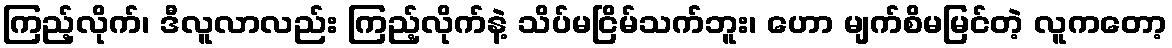
ကြည့်လိုက်၊ ဒီလူလာလည်း ကြည့်လိုက်နဲ့ သိပ်မငြိမ်သက်ဘူး၊ ဟော မျက်စိမမြင်တဲ့ လူကတော့